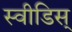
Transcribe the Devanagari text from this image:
स्वीडिस्